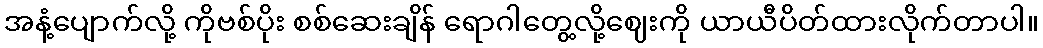
အနံ့ပျောက်လို့ ကိုဗစ်ပိုး စစ်ဆေးချိန် ရောဂါတွေ့လို့ဈေးကို ယာယီပိတ်ထားလိုက်တာပါ။